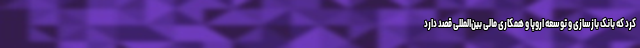
کرد که بانک بازسازی و توسعه اروپا و همکاری مالی بین‌المللی قصد دارد